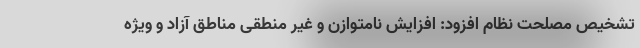
تشخیص مصلحت نظام افزود: افزایش نامتوازن و غیر منطقی مناطق آزاد و ویژه